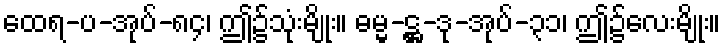
ထေရ-ပ-အုပ်-၈၄၊ ဤ၌သုံးမျိုး။ ဓမ္မ-ဋ္ဌ-ဒု-အုပ်-၃၁၊ ဤ၌လေးမျိုး။